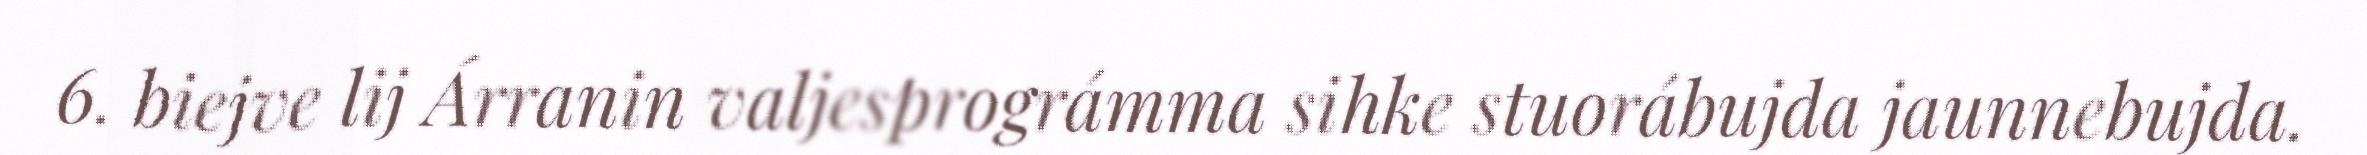
6. biejve lij Árranin valjesprográmma sihke stuorábujda jaunnebujda.